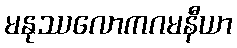
မနုဿလောကဂမနီယာ